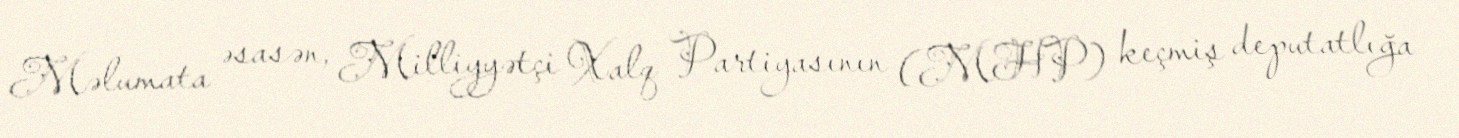
Məlumata əsasən, Milliyyətçi Xalq Partiyasının (MHP) keçmiş deputatlığa